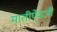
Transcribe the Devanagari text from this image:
मातीऐवजी